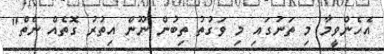
އެހެންވީމާ މި ތަނުގައި މި ވަގުތު ތިބުން ނޫން އިތުރު ގޮތެއް ނެތް"